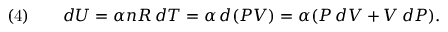
{ \mathrm { ( 4 ) } } \qquad d U = \alpha n R \, d T = \alpha \, d ( P V ) = \alpha ( P \, d V + V \, d P ) .